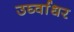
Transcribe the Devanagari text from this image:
उर्घ्वाधर